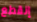
إنقطع